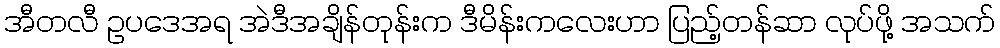
အီတလီ ဥပဒေအရ အဲဒီအချိန်တုန်းက ဒီမိန်းကလေးဟာ ပြည့်တန်ဆာ လုပ်ဖို့ အသက်